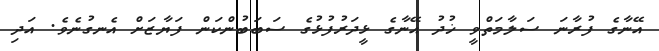
އޭނާގެ ފުރާނަ ސަލާމަތްވީ ޚުދު އޭނާގެ ޅީދަރުފުޅުގެ ސަބަބުންކަން ފަޔާޒަށް އެނގުނެވެ. އަދި